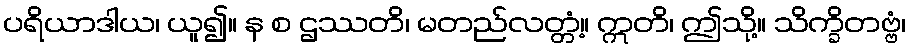
ပရိယာဒါယ၊ ယူ၍။ န စ ဌဿတိ၊ မတည်လတ္တံ့။ ဣတိ၊ ဤသို့။ သိက္ခိတဗ္ဗံ၊